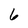
Character: 6